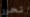
تحرر